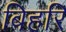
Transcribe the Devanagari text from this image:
बिहरि